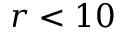
r < 1 0